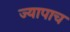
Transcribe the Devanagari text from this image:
ज्यापाच